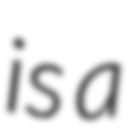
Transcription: is a